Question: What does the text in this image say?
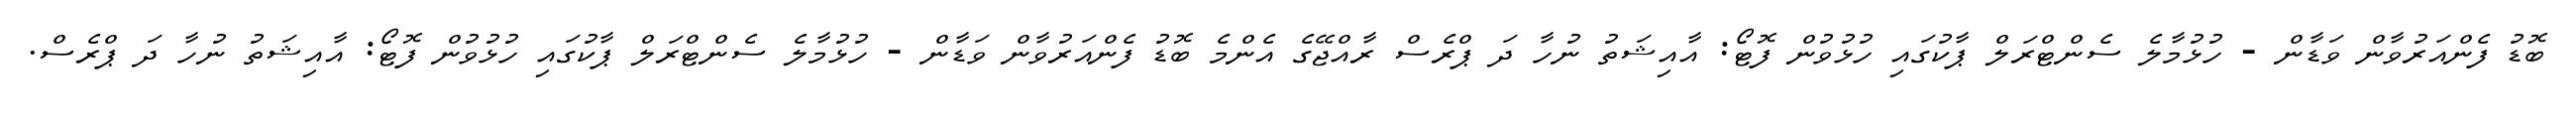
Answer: ބޮޑު ފެންއަރުވާން ވަޑާން - ހުޅުމާލެ ސެންޓްރަލް ޕާކުގައި ހުޅުވުން ފޮޓޯ: އާއިޝަތު ނުހާ ދަ ޕްރެސް ރާއްޖޭގެ އެންމެ ބޮޑު ފެންއަރުވާން ވަޑާން - ހުޅުމާލެ ސެންޓްރަލް ޕާކުގައި ހުޅުވުން ފޮޓޯ: އާއިޝަތު ނުހާ ދަ ޕްރެސް.